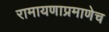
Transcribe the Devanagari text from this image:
रामायणाप्रमाणेच